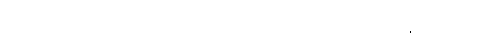
ကာမာဝစရ ကုသိုလ်ကံက ထုတ်လုပ်တာ သက်သက် ဖြစ်တယ်၊ ဒီထဲမှာ ဈာန်တွေ ဘာတွေနဲ့